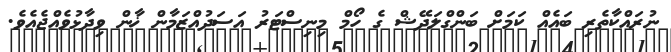
ނުރައްކާތެރި ބައެއް ކަމަށް ބަންގްލަދޭޝް ގެ ހޯމް މިނިސްޓަރު އަސަދުއްޒަމާން ޚާން ވިދާޅުވެއްޖެއެވެ.